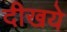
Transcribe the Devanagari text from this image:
दीखये